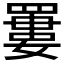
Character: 𦌁